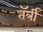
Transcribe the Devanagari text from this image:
तॅर्त्री